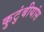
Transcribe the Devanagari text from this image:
कुटुंबीयांस